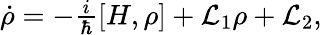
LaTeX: \begin{array}{r}{\dot{\rho}=-\frac{i}{\hbar}[H,\rho]+\mathcal{L}_{1}\rho+\mathcal{L}_{2},}\end{array}